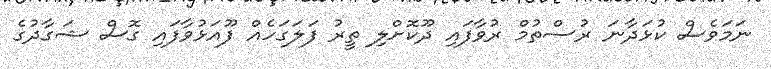
ނަމަވެސް ކުޅަދާނަ ރުސްތުމް ރުވާފައި ދޫކޮށްލި ތީރު ފަލަގަހެއް ފޫއަޅުވާފައި ގޮސް ޝަގާދުގެ